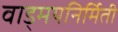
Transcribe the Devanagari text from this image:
वाड्मयनिर्मिती